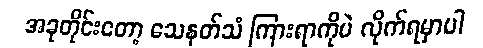
အခုတိုင်းတော့ သေနတ်သံ ကြားရာကိုပဲ လိုက်ရမှာပါ